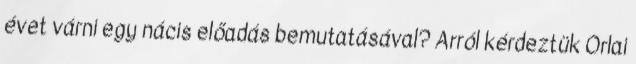
évet várni egy nácis előadás bemutatásával? Arról kérdeztük Orlai